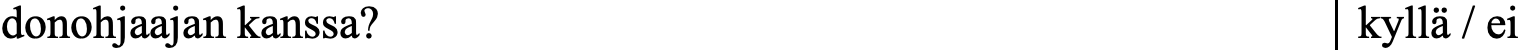
donohjaajan kanssa?                          kyllä / ei